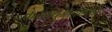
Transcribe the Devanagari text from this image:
केडब्ल्यूआयएनसी